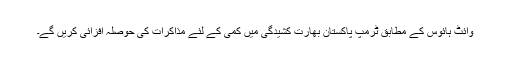
وائٹ ہائوس کے مطابق ٹرمپ پاکستان بھارت کشیدگی میں کمی کے لئے مذاکرات کی حوصلہ افزائی کریں گے۔